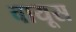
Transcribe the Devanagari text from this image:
वायूस